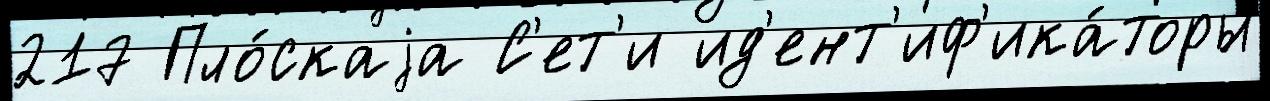
217 Пло́скаjа С'ет'и ид'ент'иф'ика́торы